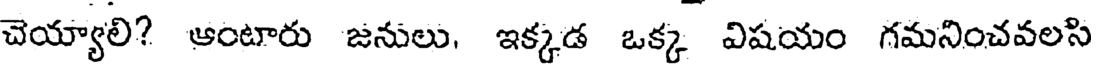
చెయ్యాలి? ఆంటారు జనులు, ఇక్కడ ఒక్క విషయం గమనించవలసి